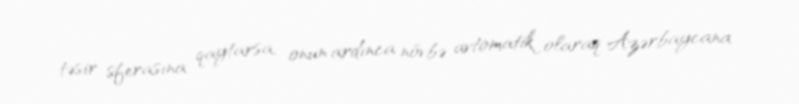
təsir sferasına qaytarsa, onun ardınca növbə avtomatik olaraq Azərbaycana